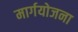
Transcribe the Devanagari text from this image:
मार्गयोजना